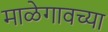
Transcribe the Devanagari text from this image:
माळेगावच्या